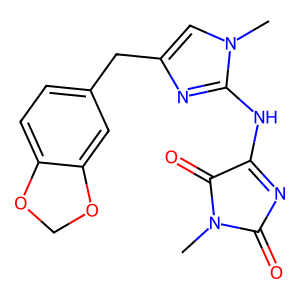
SMILES: CN1C(=O)N=C(Nc2nc(Cc3ccc4c(c3)OCO4)cn2C)C1=O
Inhibits HIV replication: No